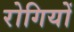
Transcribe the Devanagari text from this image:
रोगियों